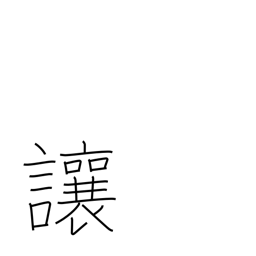
Meaning: allow